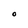
Character: O